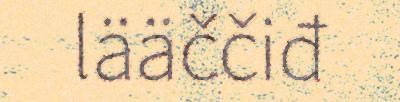
lääččiđ